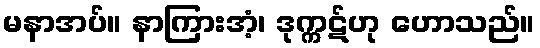
မနာအပ်။ နာကြားအံ့၊ ဒုက္ကဋ်ဟု ဟောသည်။